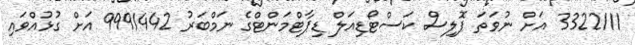
3322111 އަށް ނުވަތަ ޕޮލިސް ކަސްޓޯޑިއަލް ޑިޕާޓްމަންޓްގެ ނަމްބަރު 9991442 އަށް ގުޅުއްވައި